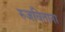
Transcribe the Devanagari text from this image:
रुजविताना